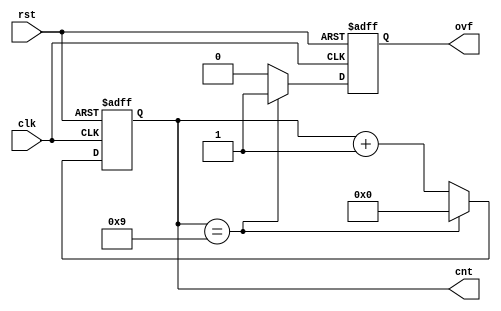

module mod_counter #(

    parameter   MOD         = 10
) (

    input       clk,
    input       rst,


    output reg [$clog2(MOD)-1:0] cnt,
    output reg                 ovf
);

always @ (posedge clk or posedge rst) begin

    if (rst == 1'b1) begin
        cnt <= 0;
        ovf <= 0;
    end else if (cnt == MOD - 1) begin
        cnt <= 0;
        ovf <= 1;
    end else begin
        cnt <= cnt + 1;
        ovf <= 0;
    end
end

endmodule